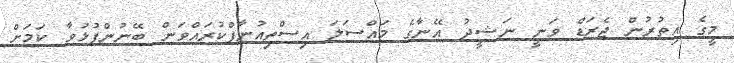
މީގެ އިތުރުން ޖެރަޑް ވަނީ ނަޝީދު އޭނާގެ މައްސަލަ އިސްތިއުނާފްކުރައްވަން ބޭނުންފުޅުވާ ކަމަށް